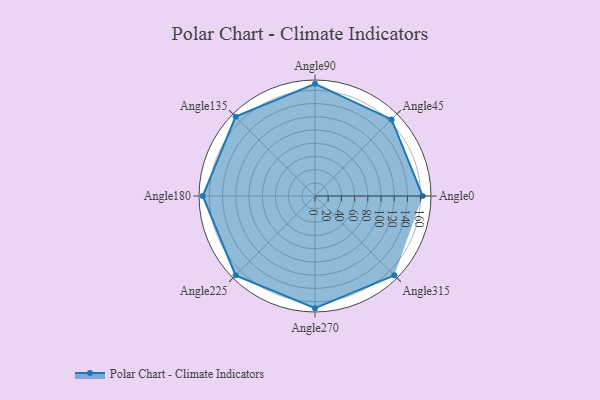
{"axis": {"x": "Angle", "y": "Radius"}, "legend": [""], "data": [{"x": "Angle0", "y": 163.0, "type": ""}, {"x": "Angle45", "y": 164.0, "type": ""}, {"x": "Angle90", "y": 170, "type": ""}, {"x": "Angle135", "y": 170, "type": ""}, {"x": "Angle180", "y": 170, "type": ""}, {"x": "Angle225", "y": 170, "type": ""}, {"x": "Angle270", "y": 170, "type": ""}, {"x": "Angle315", "y": 170, "type": ""}]}